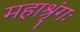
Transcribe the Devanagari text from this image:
महाश्रृंगः